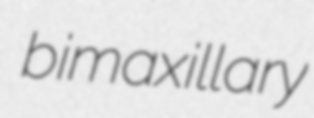
bimaxillary